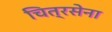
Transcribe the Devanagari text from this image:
चित्रसेना